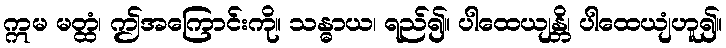
ဣမ မတ္ထံ၊ ဤအကြောင်းကို။ သန္ဓာယ၊ ရည်၍။ ပါထေယျန္တိ၊ ပါထေယျံဟူ၍။